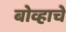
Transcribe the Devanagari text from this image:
बोव्हाचे